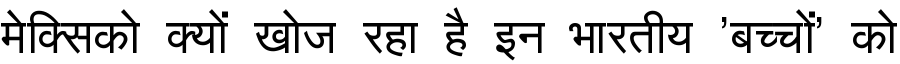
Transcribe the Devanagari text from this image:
मेक्सिको क्यों खोज रहा है इन भारतीय 'बच्चों' को